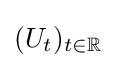
(U_{t})_{t\in \mathbb {R} }